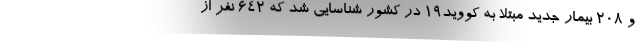
و ۲۰۸ بیمار جدید مبتلا به کووید۱۹ در کشور شناسایی شد که ۶۴۲ نفر از